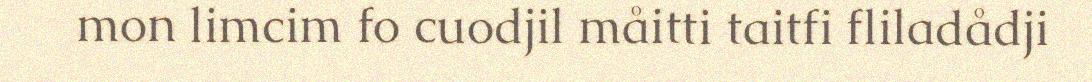
mon limcim fo cuodjil måitti taitfi fliladådji